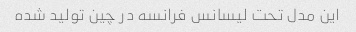
این مدل تحت لیسانس فرانسه در چین تولید شده